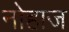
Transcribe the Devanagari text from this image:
नोहाज